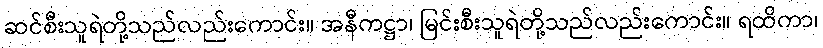
ဆင်စီးသူရဲတို့သည်လည်းကောင်း။ အနီကဋ္ဌာ၊ မြင်းစီးသူရဲတို့သည်လည်းကောင်း။ ရထိကာ၊